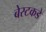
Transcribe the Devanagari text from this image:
बेस्टकडे